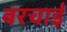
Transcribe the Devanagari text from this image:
बरचाई